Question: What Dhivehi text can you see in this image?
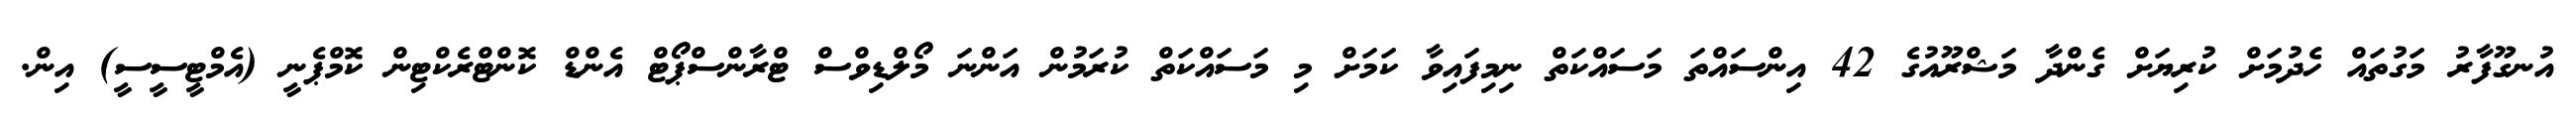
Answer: އުނގޫފާރު މަގުތައް ހެދުމަށް ކުރިޔަށް ގެންދާ މަޝްރޫއުގެ 42 އިންސައްތަ މަސައްކަތް ނިމިފައިވާ ކަމަށް މި މަސައްކަތް ކުރަމުން އަންނަ މޯލްޑިވްސް ޓްރާންސްޕޯޓް އެންޑް ކޮންޓްރެކްޓިން ކޮމްޕެނީ (އެމްޓީސީސީ) އިން.